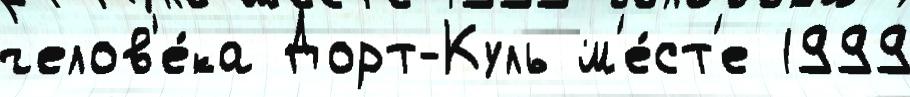
челов'е́ка Дорт-Куль м'е́ст'е 1999